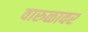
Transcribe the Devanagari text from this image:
वारुळावर